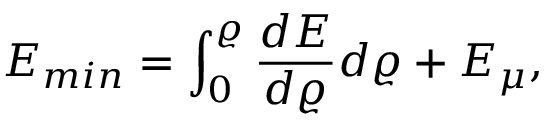
E _ { m i n } = \int _ { 0 } ^ { \varrho } \frac { d E } { d \varrho } d \varrho + E _ { \mu } ,